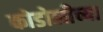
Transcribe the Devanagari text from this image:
कोडोलीच्या